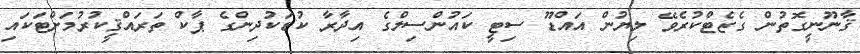
ޤާނޫނީގޮތުން ގެޒެޓްކުރެވޭ ލިޔުން އައްޑޫ ސިޓީ ކައުންސިލްގެ އިދާރާ ކުޑަކުދިންގެ ޕާކް ތަރައްޤީކުރުމަށްޓަކައި